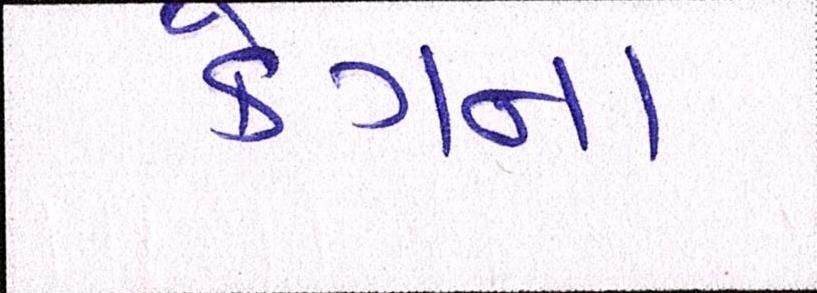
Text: કેગના